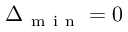
\Delta _ { \mathrm { ~ m ~ i ~ n ~ } } = 0